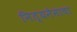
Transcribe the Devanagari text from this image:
नित्यनेमाचा